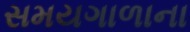
સમયગાળાના